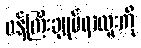
ဝန်ကြီးချုပ်ရာထူးကို